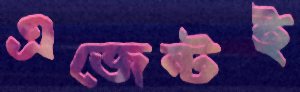
এজেন্টই